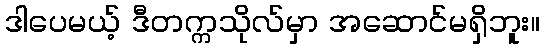
ဒါပေမယ့် ဒီတက္ကသိုလ်မှာ အဆောင်မရှိဘူး။